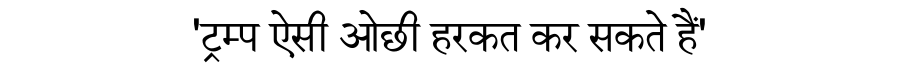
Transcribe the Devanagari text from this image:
'ट्रम्प ऐसी ओछी हरकत कर सकते हैं'